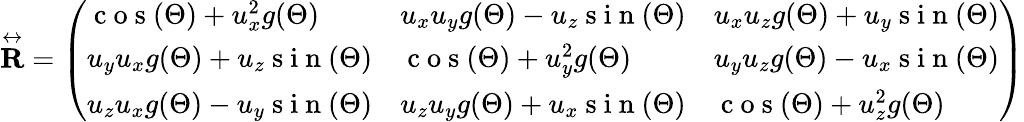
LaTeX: \overset\leftrightarrow{\mathbf{R}}=\left(\begin{array}{lll}{\mathrm{~c~o~s~}(\Theta)+u_{x}^{2}g(\Theta)}&{u_{x}u_{y}g(\Theta)-u_{z}\mathrm{~s~i~n~}(\Theta)}&{u_{x}u_{z}g(\Theta)+u_{y}\mathrm{~s~i~n~}(\Theta)}\\ {u_{y}u_{x}g(\Theta)+u_{z}\mathrm{~s~i~n~}(\Theta)}&{\mathrm{~c~o~s~}(\Theta)+u_{y}^{2}g(\Theta)}&{u_{y}u_{z}g(\Theta)-u_{x}\mathrm{~s~i~n~}(\Theta)}\\ {u_{z}u_{x}g(\Theta)-u_{y}\mathrm{~s~i~n~}(\Theta)}&{u_{z}u_{y}g(\Theta)+u_{x}\mathrm{~s~i~n~}(\Theta)}&{\mathrm{~c~o~s~}(\Theta)+u_{z}^{2}g(\Theta)}\end{array}\right)